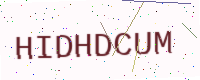
Text: HIDHDCUM